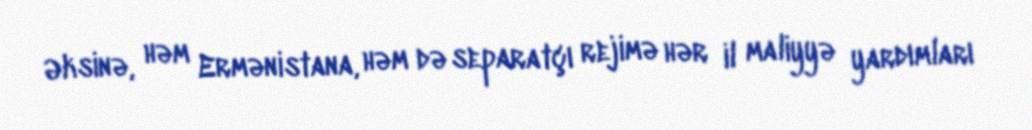
Əksinə, həm Ermənistana, həm də separatçı rejimə hər il maliyyə yardımları